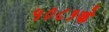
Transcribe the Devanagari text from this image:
५०८१के